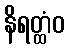
နိရတ္ထံဝ